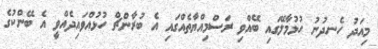
މިއަދު ހެނދުނު ހުޅުމާލޭގައި ބޭއްވި ރަސްމިއްޔާތެއްގައި އެ ބުރާންޗް ހުޅުއްވައިދެއްވީ އެ ބޭންކުގެ